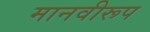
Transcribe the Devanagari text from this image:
मानवीरूप